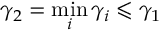
\gamma _ { 2 } = \operatorname* { m i n } _ { i } \gamma _ { i } \leqslant \gamma _ { 1 }